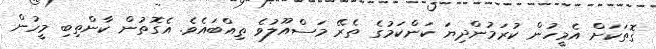
ގޮތަކަށް އެމީހުން ކުރަމުންދިޔަ ކަންކަމުގެ ތެރޭ މަސްއޫލުވެ ތިއްބައެވެ. އެގޮތުން ކާންތިބި މީހުން